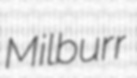
Milburr